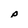
Character: p